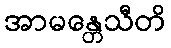
အာမန္တေသီတိ